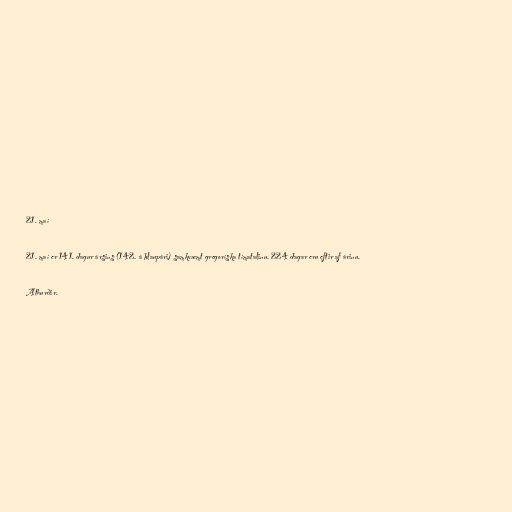
21. maí

21. maí er 141. dagur ársins (142. á hlaupári) samkvæmt gregoríska tímatalinu. 224 dagar eru eftir af árinu.

Atburðir.